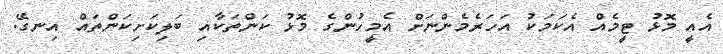
އެއީ މޮޅު ޓީމެއް އެކަމަކު އަހަރެމެންނަށް އެމީހުންގެ މޮޅު ކަންތަކާއި ބަލިކަށިކަންތައް އިނގޭ.